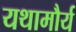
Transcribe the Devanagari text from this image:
यथामौर्य